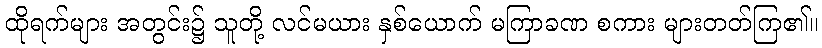
ထိုရက်များ အတွင်း၌ သူတို့ လင်မယား နှစ်ယောက် မကြာခဏ စကား များတတ်ကြ၏။